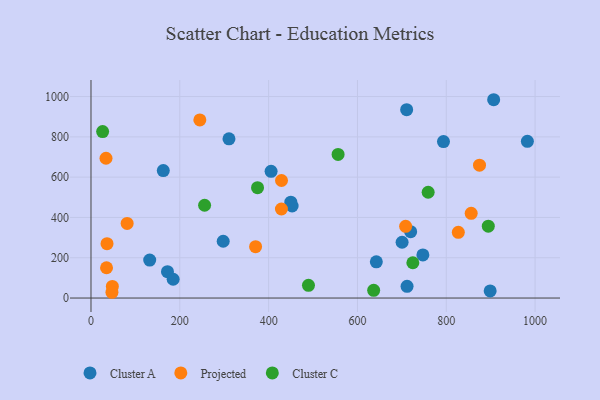
{"axis": {"x": "Distance", "y": "Fuel Efficiency"}, "legend": ["Cluster A", "Cluster C", "Projected"], "data": [{"x": "982.6", "y": 778.0, "type": "Cluster A"}, {"x": "310.7", "y": 790.2, "type": "Cluster A"}, {"x": "898.8", "y": 35.2, "type": "Cluster A"}, {"x": "719.8", "y": 329.4, "type": "Cluster A"}, {"x": "172.2", "y": 130.6, "type": "Cluster A"}, {"x": "452.9", "y": 456.9, "type": "Cluster A"}, {"x": "185.0", "y": 93.3, "type": "Cluster A"}, {"x": "162.8", "y": 632.8, "type": "Cluster A"}, {"x": "449.9", "y": 475.8, "type": "Cluster A"}, {"x": "793.7", "y": 776.7, "type": "Cluster A"}, {"x": "700.5", "y": 276.8, "type": "Cluster A"}, {"x": "642.5", "y": 179.6, "type": "Cluster A"}, {"x": "710.8", "y": 934.7, "type": "Cluster A"}, {"x": "906.7", "y": 984.3, "type": "Cluster A"}, {"x": "747.3", "y": 214.0, "type": "Cluster A"}, {"x": "297.7", "y": 281.8, "type": "Cluster A"}, {"x": "405.5", "y": 628.9, "type": "Cluster A"}, {"x": "132.2", "y": 188.4, "type": "Cluster A"}, {"x": "711.7", "y": 58.1, "type": "Cluster A"}, {"x": "48.1", "y": 57.5, "type": "Projected"}, {"x": "81.4", "y": 370.1, "type": "Projected"}, {"x": "708.5", "y": 355.8, "type": "Projected"}, {"x": "33.8", "y": 693.7, "type": "Projected"}, {"x": "245.1", "y": 884.2, "type": "Projected"}, {"x": "36.1", "y": 270.0, "type": "Projected"}, {"x": "856.1", "y": 420.7, "type": "Projected"}, {"x": "874.8", "y": 659.2, "type": "Projected"}, {"x": "35.0", "y": 150.4, "type": "Projected"}, {"x": "370.6", "y": 255.0, "type": "Projected"}, {"x": "47.2", "y": 28.6, "type": "Projected"}, {"x": "827.1", "y": 326.4, "type": "Projected"}, {"x": "429.0", "y": 583.3, "type": "Projected"}, {"x": "428.8", "y": 442.0, "type": "Projected"}, {"x": "26.2", "y": 826.1, "type": "Cluster C"}, {"x": "636.5", "y": 38.5, "type": "Cluster C"}, {"x": "894.6", "y": 356.9, "type": "Cluster C"}, {"x": "759.2", "y": 525.1, "type": "Cluster C"}, {"x": "556.4", "y": 712.9, "type": "Cluster C"}, {"x": "724.7", "y": 175.1, "type": "Cluster C"}, {"x": "255.8", "y": 460.6, "type": "Cluster C"}, {"x": "375.0", "y": 547.8, "type": "Cluster C"}, {"x": "489.7", "y": 63.0, "type": "Cluster C"}]}